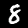
Label: 8